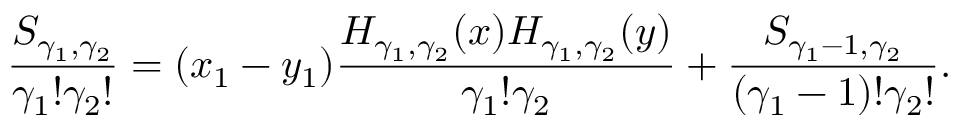
\frac { S _ { \gamma _ { 1 } , \gamma _ { 2 } } } { \gamma _ { 1 } ! \gamma _ { 2 } ! } = ( x _ { 1 } - y _ { 1 } ) \frac { H _ { \gamma _ { 1 } , \gamma _ { 2 } } ( x ) H _ { \gamma _ { 1 } , \gamma _ { 2 } } ( y ) } { \gamma _ { 1 } ! \gamma _ { 2 } } + \frac { S _ { \gamma _ { 1 } - 1 , \gamma _ { 2 } } } { ( \gamma _ { 1 } - 1 ) ! \gamma _ { 2 } ! } .